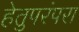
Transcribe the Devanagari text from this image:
हेतुपरंपरा